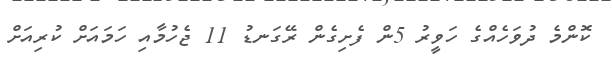
ކޮންމެ ދުވަހެއްގެ ހަވީރު 5ން ފެށިގެން ރޭގަނޑު 11 ޖެހުމާއި ހަމައަށް ކުރިއަށް